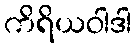
ကိရိယဝါဒါ